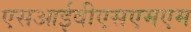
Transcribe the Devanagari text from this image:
एसआईवीएसएमएम